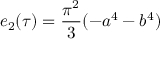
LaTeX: e _ { 2 } ( \tau ) = { \frac { \pi ^ { 2 } } { 3 } } ( - a ^ { 4 } - b ^ { 4 } )